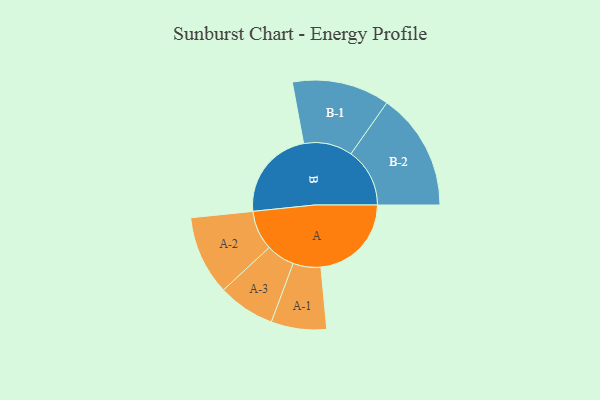
{"axis": {"x": "Segment", "y": "Value"}, "legend": ["", "A", "B"], "data": [{"x": "A", "y": 425, "type": ""}, {"x": "B", "y": 429, "type": ""}, {"x": "A-1", "y": 130, "type": "A"}, {"x": "A-2", "y": 186, "type": "A"}, {"x": "A-3", "y": 134, "type": "A"}, {"x": "B-1", "y": 229, "type": "B"}, {"x": "B-2", "y": 276, "type": "B"}]}